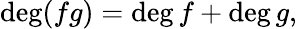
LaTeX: \deg(fg)=\deg f+\deg g,